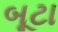
બૂટા